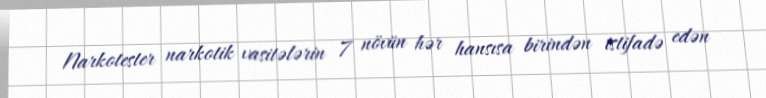
Narkotester narkotik vasitələrin 7 növün hər hansısa birindən istifadə edən